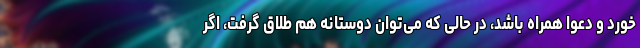
خورد و دعوا همراه باشد، در حالی که می‌توان دوستانه هم طلاق گرفت، اگر